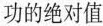
功的绝对值